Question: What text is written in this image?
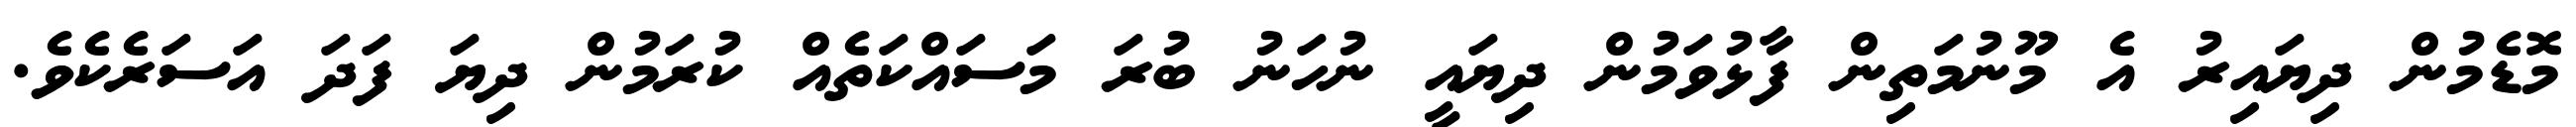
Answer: މޮޑެމުން ދިޔައިރު އެ މޫނުމަތިން ފާޅުވަމުން ދިޔައީ ނުހަނު ބުރަ މަސައްކަތެއް ކުރަމުން ދިޔަ ފަދަ އަސަރެކެވެ.